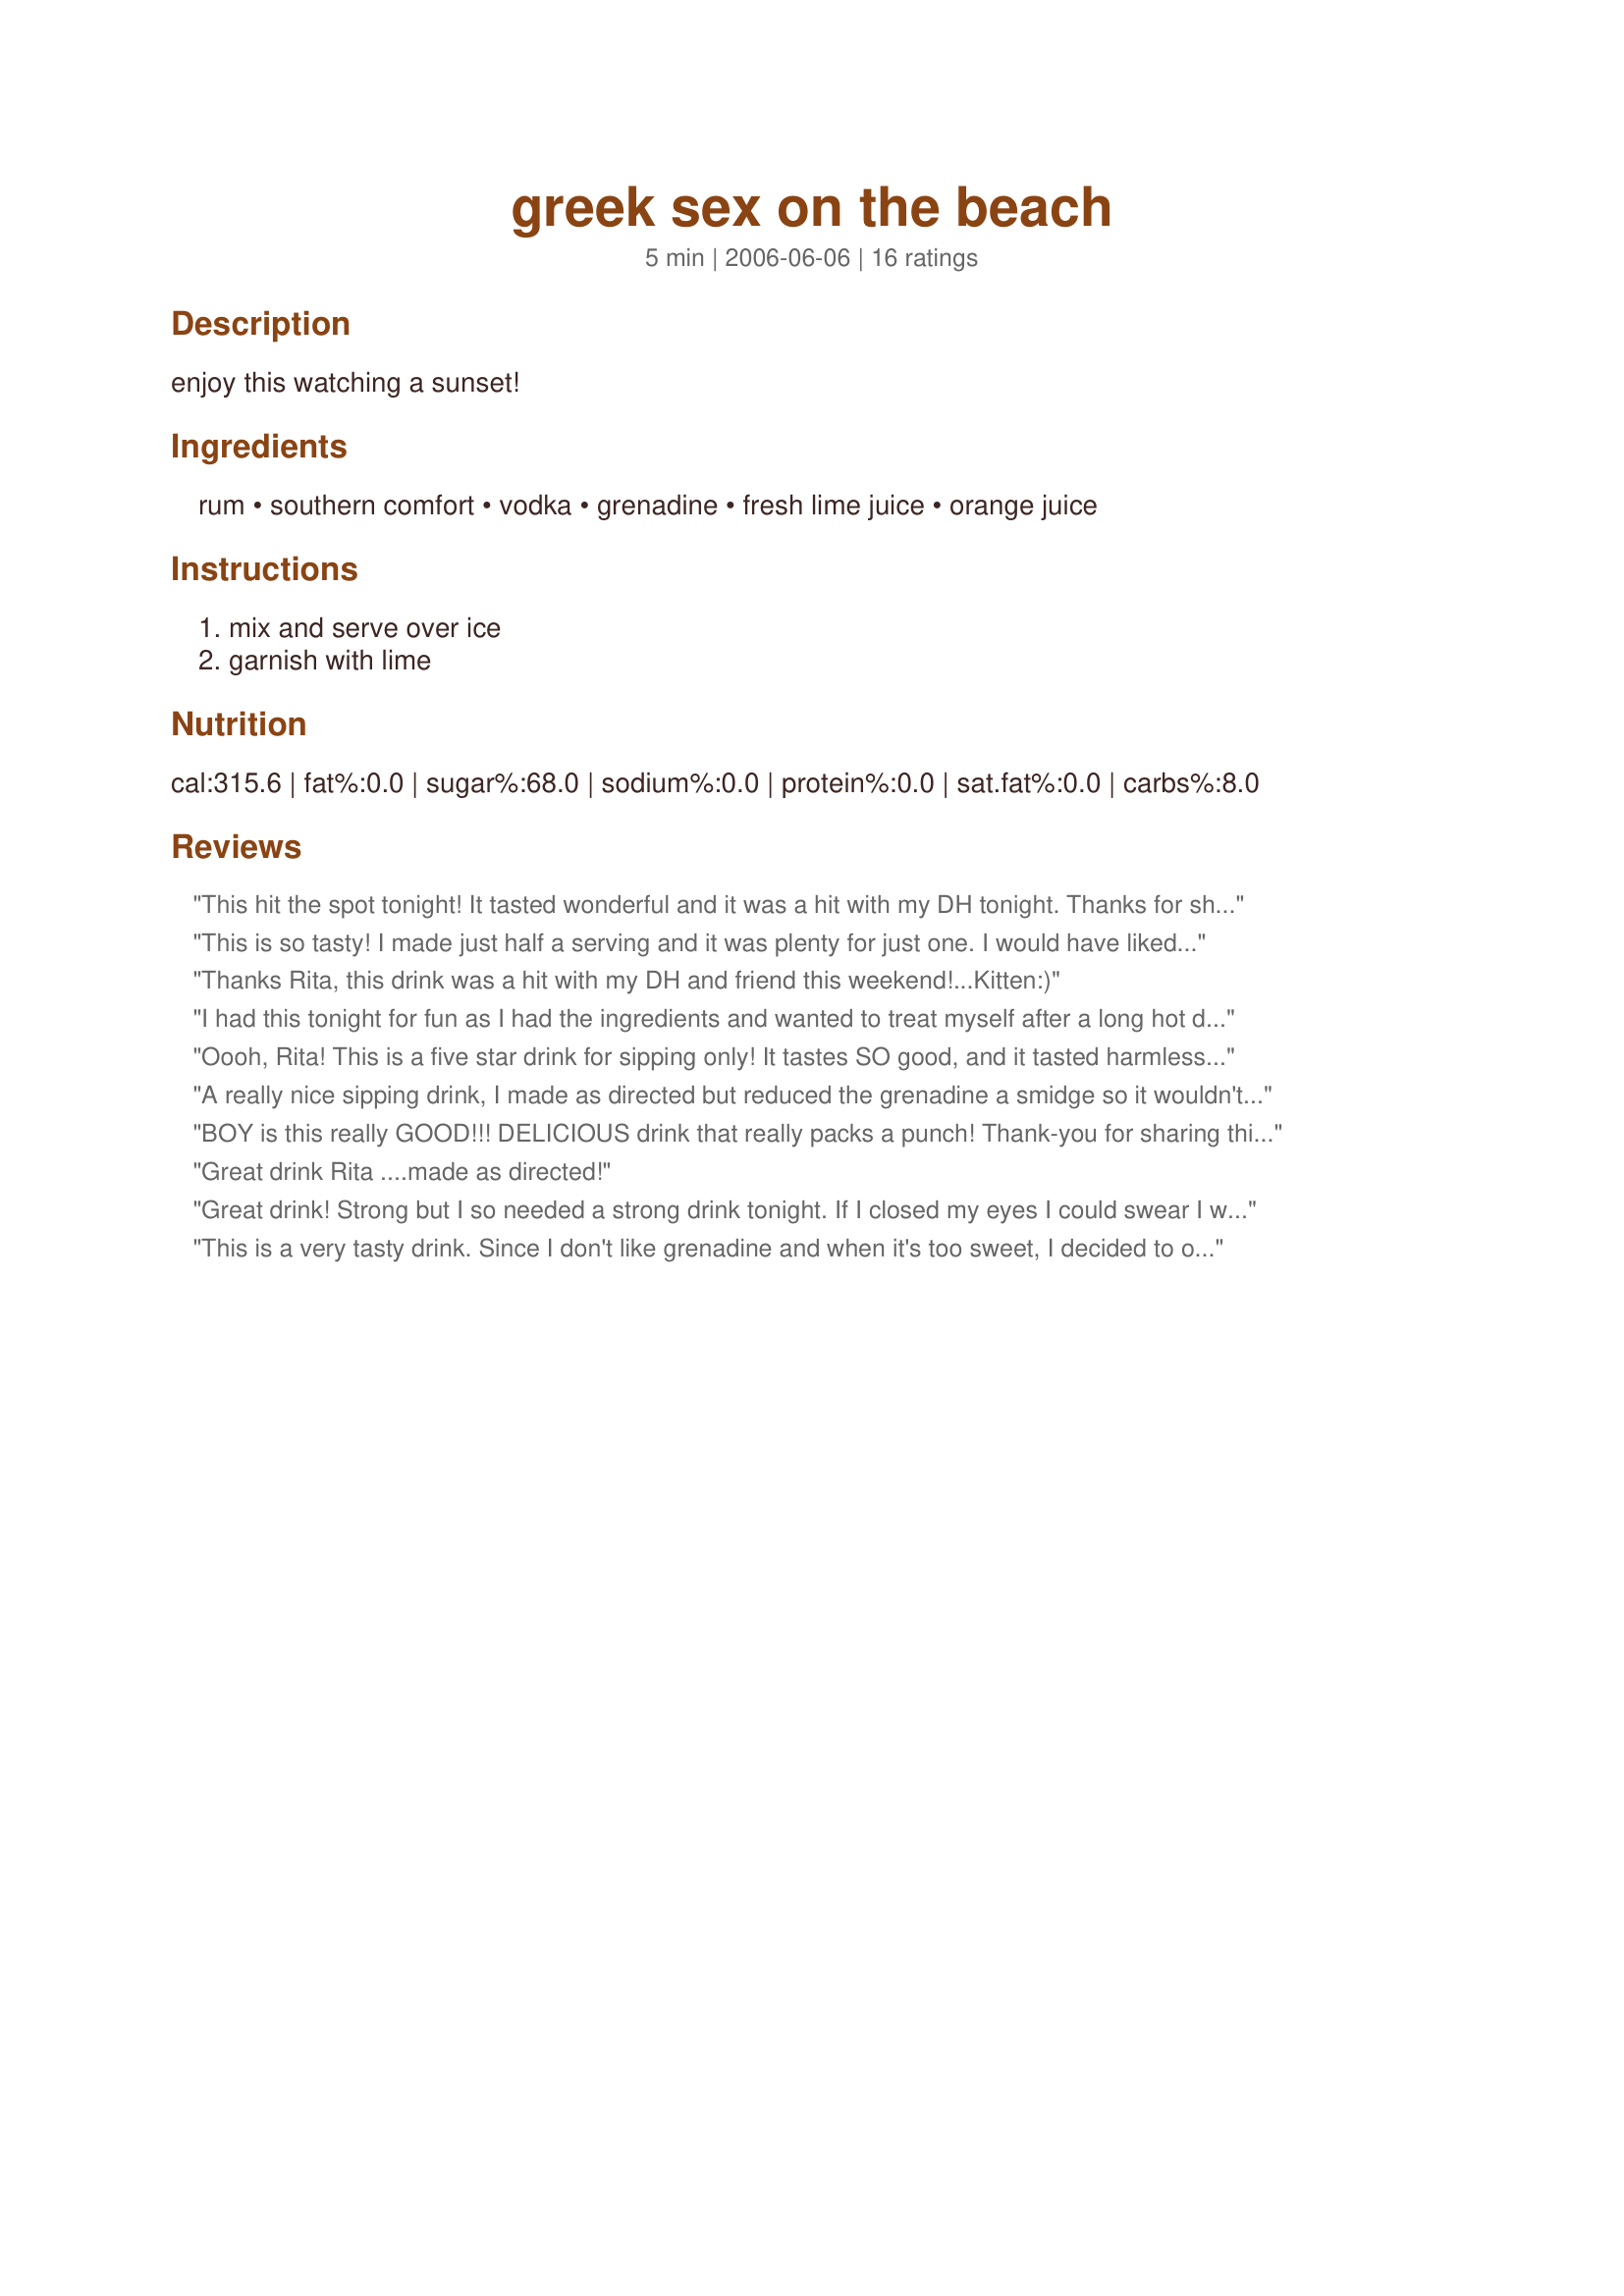
greek sex on the beach
Preparation time: 5 minutes

enjoy this watching a sunset!

Ingredients:
rum, southern comfort, vodka, grenadine, fresh lime juice, orange juice

Steps:
mix and serve over ice, garnish with lime

Reviews:
This hit the spot tonight! It tasted wonderful and it was a hit with my DH tonight. Thanks for sharing. Made for ZWT4 and the Tastebud Tickling Travellers.
This is so tasty! I made just half a serving and it was plenty for just one. I would have liked a double, but I had calories to consider. I will make this again - thanks for posting!
Thanks Rita, this drink was a hit with my DH and friend this weekend!...Kitten:)
I had this tonight for fun as I had the ingredients and wanted to treat myself after a long hot day. Delicious! It reminds me of those fancy tropical punch drinks you get in bars on vacation - the kind that taste innocent and then kick you in the behind. It was a bit strong for me so I added a more orange jucie, about 1/2 cup. Advice ~ sip it slowly and enjoy!!! Pam
Oooh, Rita! This is a five star drink for sipping only! It tastes SO good, and it tasted harmless. But it is not so harmless! Wonderful! It tastes too good for it's own good! YUMMMMMM
A really nice sipping drink, I made as directed but reduced the grenadine a smidge so it wouldn't overpower the drink, the result was a slightly tart, refreshing drink for a Friday night that was much enjoyed. Thanks Rita, made for ZWT 4.
BOY is this really GOOD!!! DELICIOUS drink that really packs a punch! Thank-you for sharing this wonderful recipe.
Great drink Rita ....made as directed!
Great drink! Strong but I so needed a strong drink tonight. If I closed my eyes I could swear I was in Greece- even though I have never been! lol *Made for ZWT4*
This is a very tasty drink. Since I don't like grenadine and when it's too sweet, I decided to omit it. I used the juice of 4 limes. And I used 2 ounces of orange juice. When I tasted it, it was too sour. So I used the grenadine LOL Maybe just 1/2 ounce. Thanks Rita. Made for the Babes of ZWT4
This is strong, but great. I love southern comfort. I made this spur of the moment, and didn't have any grenadine, so subbed a little orange juice and superfine sugar. Yummy!
I forgot to get the orange juice when I went to the grocery store, so I subbed Mango twist mix....if this gets any better with the orange juice I don't think I could stand it....great mixed drink, but very lethal....serve with caution!!!
Loved this drink!!! Very fruity drink but not too sweet!! Nice balance. Thanks Rita for a new tasty drink!!! Made for ZWT4.
Wow! We really loved this refreshing drink. Made me wish I was on the beach with drink in hand. We made these following our Greek dinner tonite and it was the perfect finisher to the evening. Thanks for sharing this fruity concoction! Made for ZWT4.
What's a Greek themed meal without cocktails? I made these to have with our appetizers and they were a HUGE hit with all of us!! I had to make a whole pitcher full and then refill it! They went down so easy, but you might want to be advised these little buggers sneak up on you, so be careful about slugging them down or you will be more than a little tipsy :)
This is truly delicious! I used VO Gold because I did not have Southern Comfort in the house and it worked just fine. As other reviewers have stated before me, this is a sipping drink ; ) The grenadine/orange and lime juice combination was perfect! Thanks again, Rita, for another lovely weekend afternoon treat.
